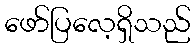
ဖော်ပြလေ့ရှိသည်